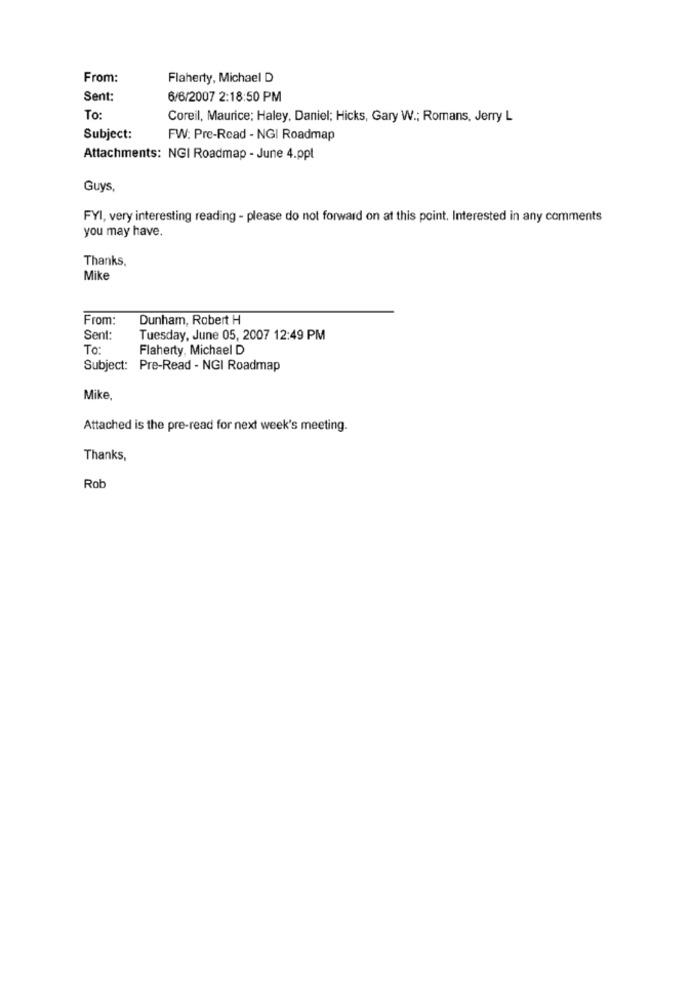
From:
Flaherty, Michael D
Sent:
6/6/2007 2:18:50 PM
To
Coreil, Maurice; Haley, Daniel; Hicks, Gary W .; Romans, Jerry L
Subject:
FW: Pre-Read - NGI Roadmap
Attachments: NGI Roadmap - June 4.ppt
Guys,
FYI, very interesting reading - please do not forward on at this point. Interested in any comments
you may have.
Thanks,
Mike
From:
Dunham, Robert H
Sent:
Tuesday, June 05, 2007 12:49 PM
To:
Flaherty, Michael D
Subject: Pre-Read - NGI Roadmap
Mike.
Attached is the pre-read for next week's meeting.
Thanks,
Rob